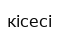
кісесі